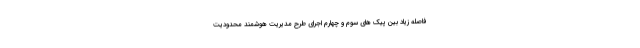
فاصله زیاد بین پیک های سوم و چهارم اجرای طرح مدیریت هوشمند محدودیت